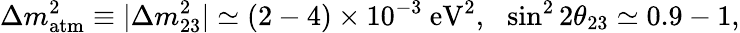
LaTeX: \Delta m_{\mathrm{atm}}^{2}\equiv|\Delta m_{23}^{2}|\simeq(2-4)\times 10^{-3}\ \mathrm{eV}^{2},\ \ \sin^{2}2\theta_{23}\simeq 0.9-1,